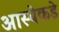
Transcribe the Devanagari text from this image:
आस्थेकडे